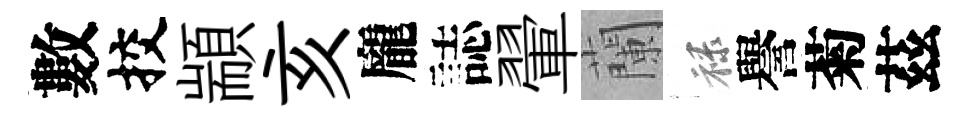
數挍顓亥龐誌翬蘭禄譽菊茲